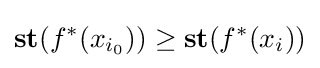
\mathbf {st} (f^{*}(x_{i_{0}}))\geq \mathbf {st} (f^{*}(x_{i}))